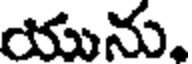
యును,